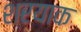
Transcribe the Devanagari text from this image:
शरयाक